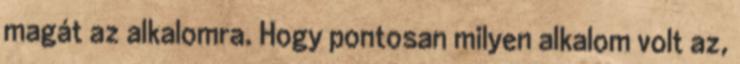
magát az alkalomra. Hogy pontosan milyen alkalom volt az,